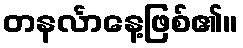
တနင်္လာနေ့ဖြစ်၏။